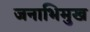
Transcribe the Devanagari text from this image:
जनाभिमुख